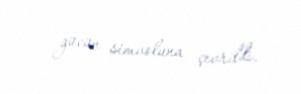
gücün simvoluna çevrildi.